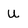
Character: U